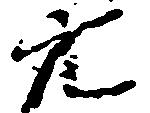
穴